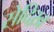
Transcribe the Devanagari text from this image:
सेदिख़